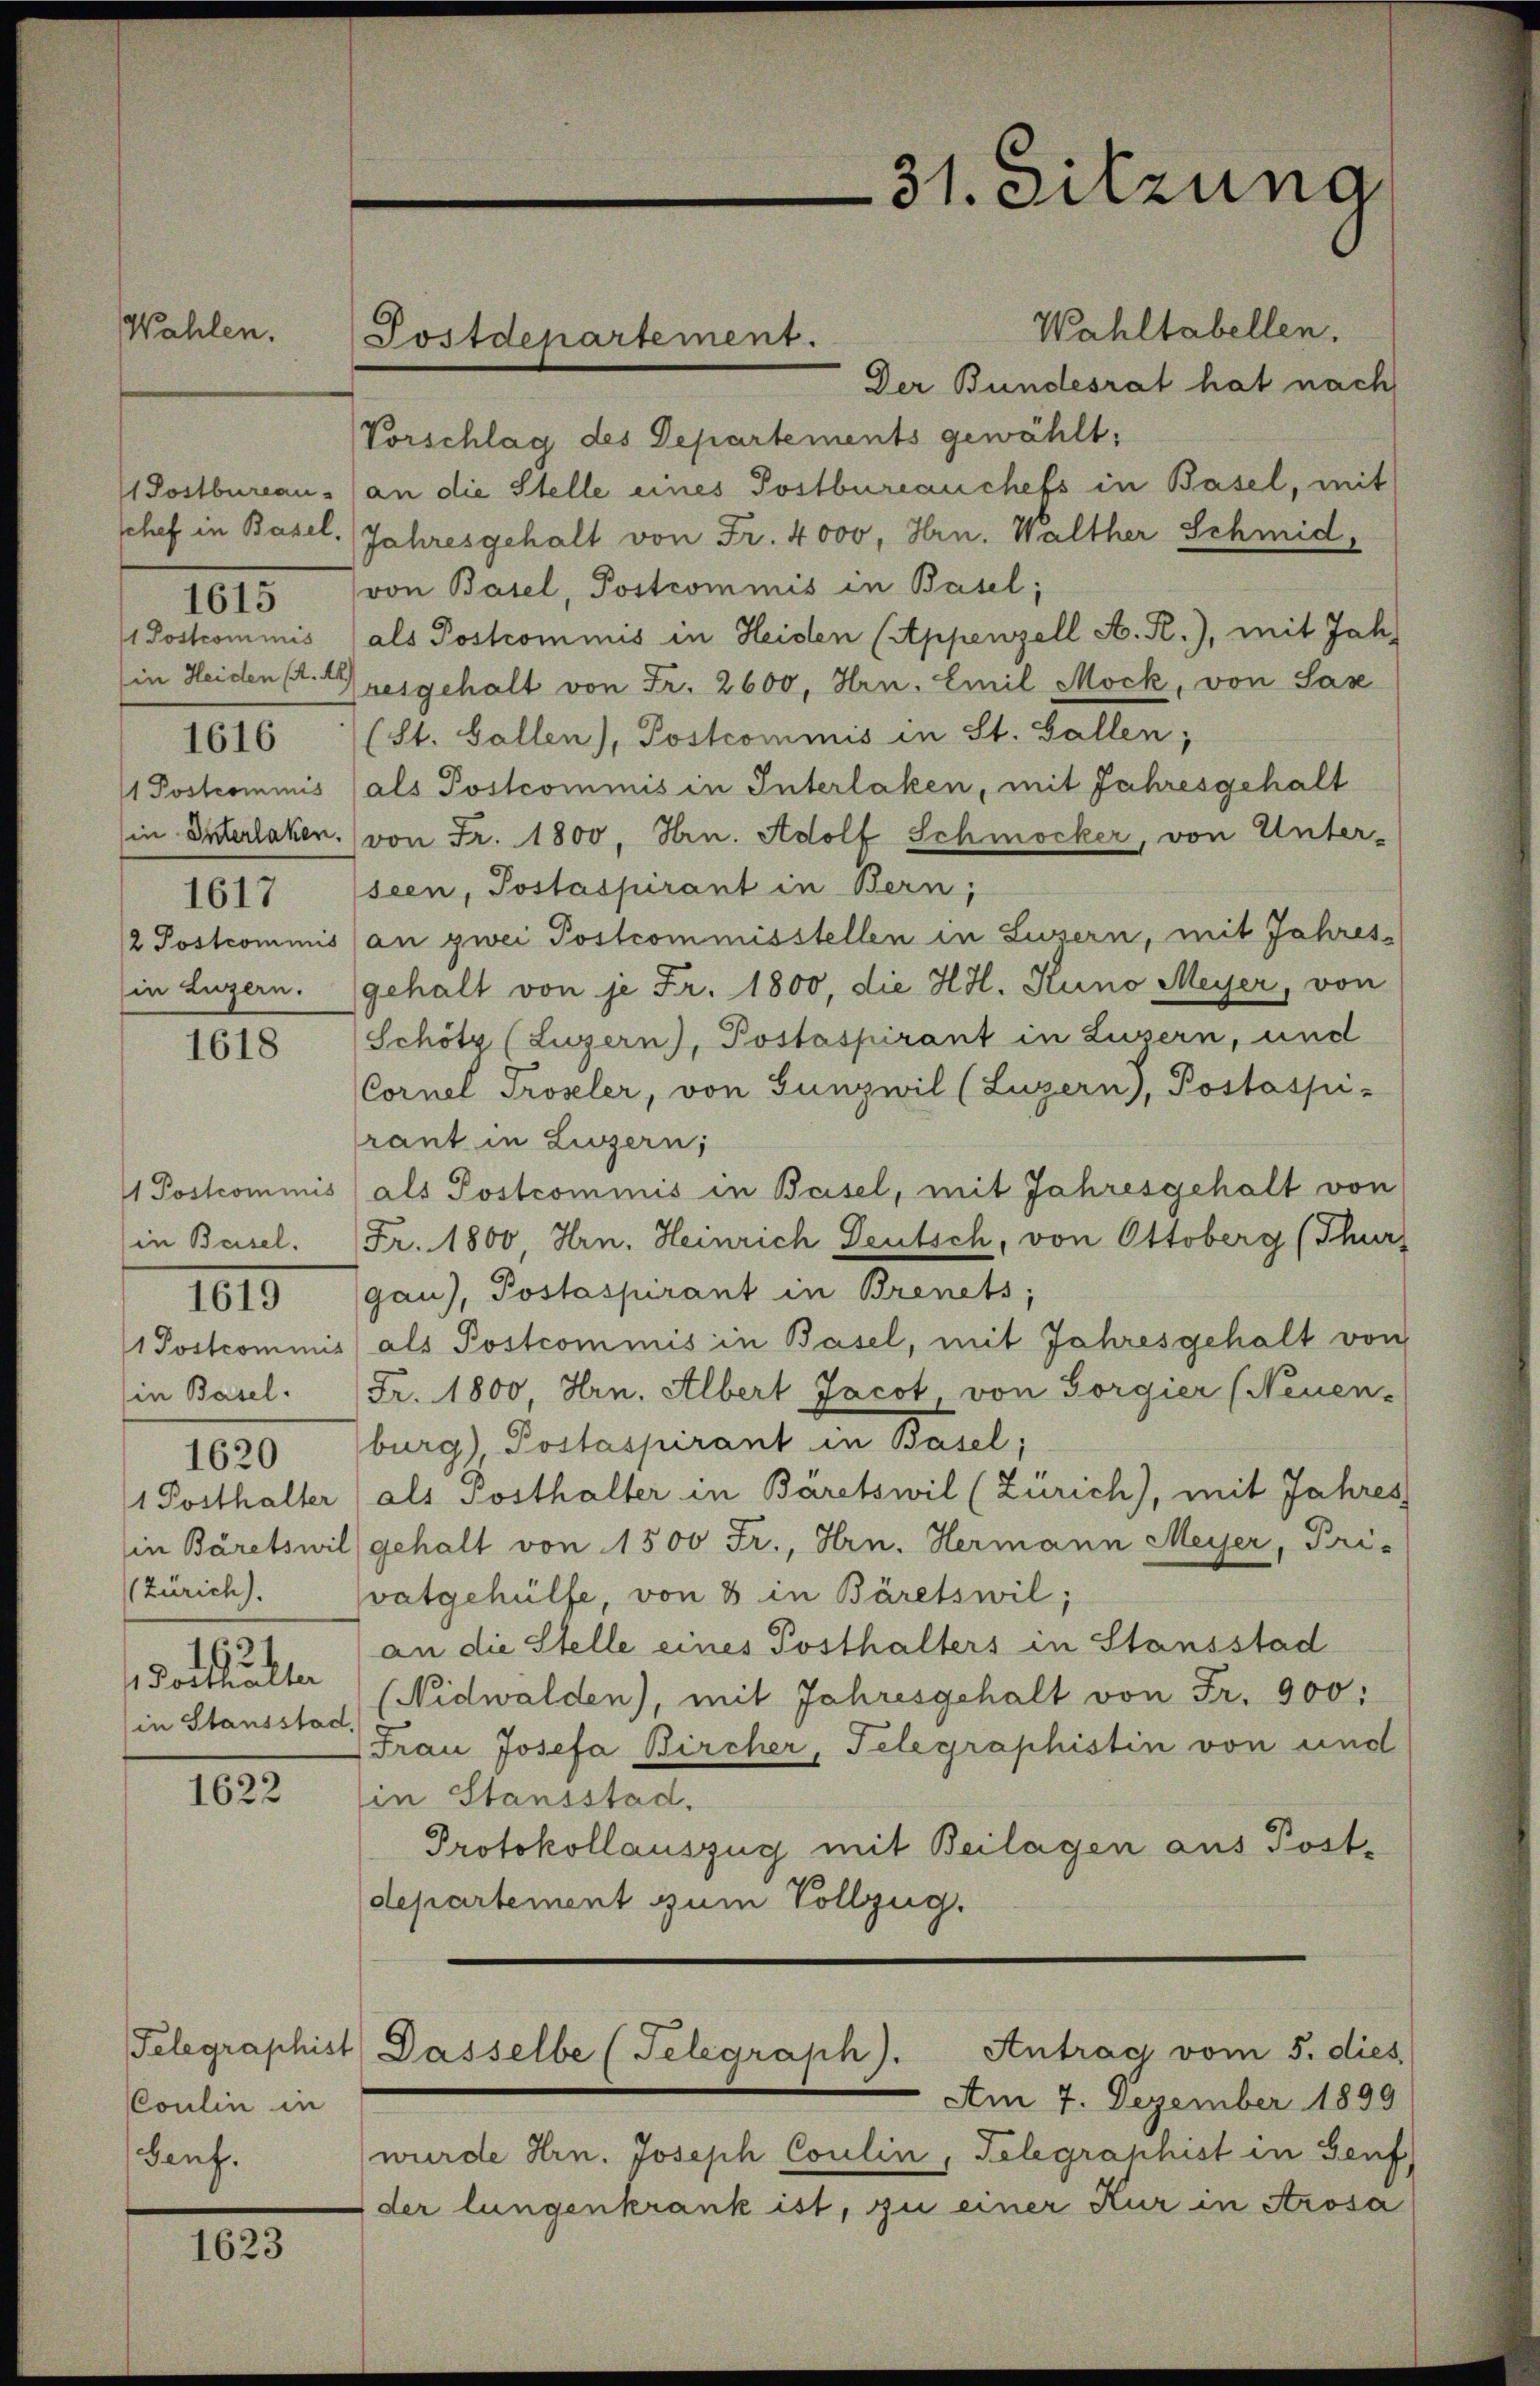
Wahlen.

1 Postbureau.
1 Postcommis
in Heiden A. A

1015

1616

1 Postrominis
in Enterlaken
2 Postcommis
in Luzern.

1617

1618

in Beisel.
1 Postcomini
in Basel.
1 Posthalter
in Bäretswis
Zürich).
1621
1 Posthalter
(in Stausstat

101

1620

1622

Coulin in
auf.

1623

Wahltabellen.
Der Bundesrat hat nach
Vorschlag des Departements gewählt:
an die Stelle eines Postbureauchefs in Basel, mit
schef in Basel. Jahresgehalt von Fr. 4000, Hrn. Walther Schmid,
von Basel, Postcommis in Basel;
als Postcommis in Heiden (Appenzell A. R.), mit Jah¬
Quesgehalt von Fr. 2600, Hrn. Emil Mock, von Sax
(St. Gallen), Postcommis in St. Gallen;
als Postcommis in Interlaken, mit Jahresgehalt
von Fr. 1800, Hrn. Adolf Schmocker, von Unter-
seen, Postaspirant in Bern,
an zwei Postcommisstellen in Luzern, mit Jahresgehalt von je Fr. 1800, die HH. Kuno Meyer, von
Schötz (Luzern), Postaspirant in Luzern, und
Cornel Troseler, von Gunz wil (Luzern), Postaspi-
rant in Liszern;
1 Postcommis als Postcommis in Beisel, mit Jahresgehalt von
Fr. 1800, Hrn. Heinrich Deutsch, von Ottoberg (Thur
gau), Postaspirant in Brenets;
) als Postcommis in Basel, mit Jahresgehalt von
Fr. 1800 Hrn. Albert Jacot von Sorgier (Neuen-
burg), Postaspirant in Basel;
(als Posthalter in Bäretswil (Zürich), mit Jahres
lgehalt von 1500 Fr., Hrn. Hermann Meyer, Pri-
vatgehülfe, von 3 in Bäretswil;
an die Stelle eines Posthalters in Stansstad
Nidwalden), mit Jahresgehalt von Fr. 900:
d.
Frau Josefa Bircher, Telegraphistin von und
in Stansstad.
Protokollauszug mit Beilagen aus Post-
departement zum Vollzug.
Telegraphist. Dasselbe (Telegraph). Antrag vom 5. dies
Am 7. Dezember 1899
wurde Hrn. Joseph Coulin, Telegraphist in Genf)
der lungenkrank ist, zu einer Kur in Arosa

Postdepartement.

31. Sitzung